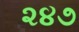
૨૪૭